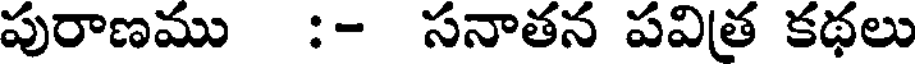
పురాణము :- సనాతన పవిత కథలు